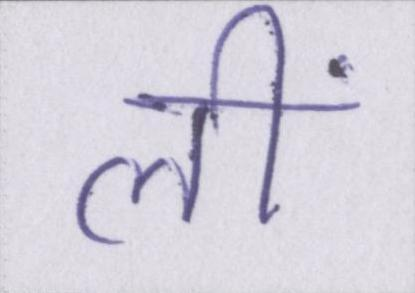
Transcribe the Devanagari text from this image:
लीं